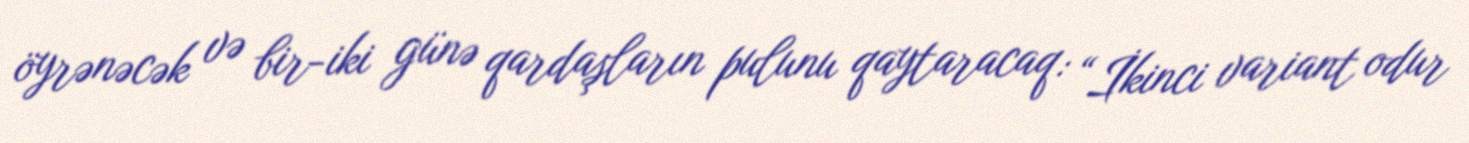
öyrənəcək və bir-iki günə qardaşların pulunu qaytaracaq: “İkinci variant odur